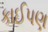
કાઈપણ